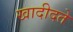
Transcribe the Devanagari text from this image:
खादीदते